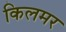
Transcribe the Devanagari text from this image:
किलमर